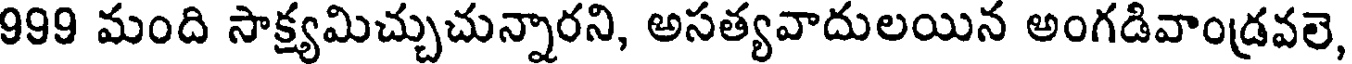
999 మంది సాక్ష్యమిచ్చుచున్నారని, అసత్యవాదులయిన అంగడివాండ్రవలె,